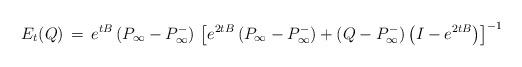
LaTeX: \begin{align*}E_t(Q)\,=\,e^{tB}\,(P_{\infty}-P_{\infty}^-)\, \left[e^{2tB}\,(P_{\infty}-P_{\infty}^-)+(Q-P_{\infty}^-)\left(I-e^{2tB}\right)\right]^{-1}\end{align*}